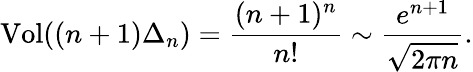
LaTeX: \operatorname{Vol}((n+1)\Delta_{n})={\frac{(n+1)^{n}}{n!}}\sim{\frac{e^{n+1}}{\sqrt{2\pi n}}}.